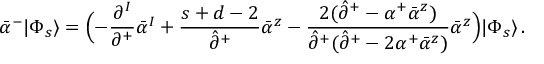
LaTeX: \bar { \alpha } ^ { - } | \Phi _ { s } \rangle = \Bigl ( - \frac { \partial ^ { I } } { \partial ^ { + } } \bar { \alpha } ^ { I } + \frac { s + d - 2 } { \hat { \partial } ^ { + } } \bar { \alpha } ^ { z } - \frac { 2 ( \hat { \partial } ^ { + } - \alpha ^ { + } \bar { \alpha } ^ { z } ) } { \hat { \partial } ^ { + } ( \hat { \partial } ^ { + } - 2 \alpha ^ { + } \bar { \alpha } ^ { z } ) } \bar { \alpha } ^ { z } \Bigr ) | \Phi _ { s } \rangle \, .